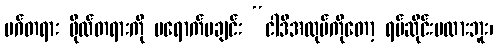
မဂ်တရား ဖိုလ်တရားကို မရောက်မချင်း “ငါဒီအလုပ်ကိုတော့ ရပ်ဆိုင်းမထားဘူး၊